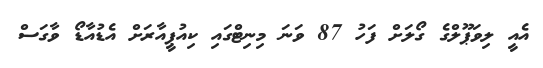
އެއީ ލިވަޕޫލްގެ ގޯލަށް ފަހު 87 ވަނަ މިނިޓްގައި ކިއުޕީއާރަށް އެޑުއާޑޯ ވާގަސް